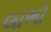
લાભો